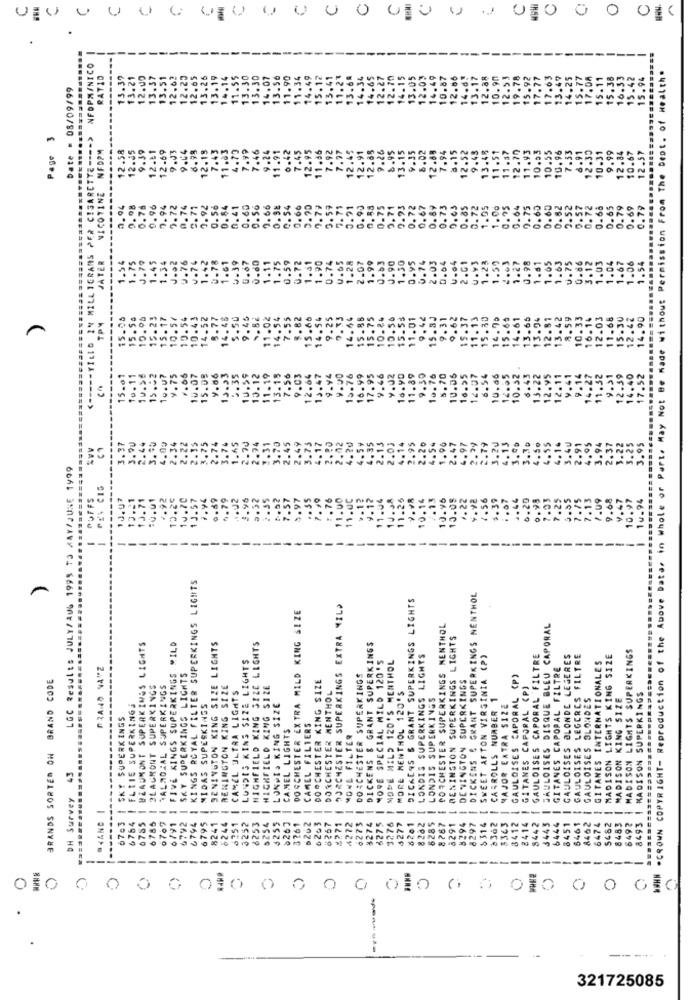
----
---
---
--
NFOPMINICO
"CROWN COPYRIGHT- Reproduction of the Above Data, in Whole or Part. May Not Be Made without Permission From The Dept. of Health.
RATIO
13.37
13.21
12.00
13.37
13.51
12.62
12.23
12.65
13.26
13.19
14.14
11.55
13.30
13.30
14.07
13.56
11.90
11.34
14.49
13.41
11.27
13.68
14.34
14.65
12.27
12.70
14.15
13.05
12.03
14.49
10.87
12.86
12.88
10.90
12.53
19.78
15.92
17.77
17.63
13.49
14.25
15.77
17.08
15.11
15.38
16.33
15.42
15.94
Date = 08/09/99
15.1
14.6
13.1
G IN MILLIGRAMS PER CIGARETTE ---- >
NICOTINE NFDPM
12.58
9.39
12.₺1
12.69
9.04
6.98
12.13
7.43
11.03
4.70
7.99
.66
.92
.97
12.45
12.91
12.65
9.26
8.95
13.15
12.69
7.94
8.15
12.52
9.43
13.48
11.51
1.37
12.70
11.93
10.53
10.55
10.96
7.33
6.91
12.30
10.31
9.99
12.84
10.67
12.57
Page
9.03
7.46
8.6
0.98
0.75
0.96
7.94
3.72
0.74
2.77
0.92
0.56
0.54
0.41
0.60
0.56
9.66
0. 54
0.66
0.90
9.79
0.59
7.71
0.91
0.90
0.75
0.71
0.93
0.72
0.67
0.89
0.73
0.63
0.85
0.72
1.05
1.00
0.95
0.64
0.75
0.60
0.60
0.62
0.52
0.57
0.72
0.68
0.65
0.79
0.69
0.79
1.54
1.75
J.79
1.34
J.oz
0.76
V.74
1.42
U.78
1.61
1.11
1.75
0.59
0.72
1. 61
1.90
0.74
U.65
2.07
1.99
0.63
0.90
1.30
0.95
2.03
0.04
U .Y3
1.23
1.59
0.98
1.51
1.05
1.63
U.75
0.86
3.12
1.03
1.04
1.67
1.06
1.54
JATER
1.45
4.39
0.67
0 -60
1.28
0.74
4.04
2.01
1.27
15.08
15.54
10.06
15.23
17
10.54
10.43
14.52
8.77
14.48
5.50
9.45
11.02
14.54
7.55
8.82
15.66
14.54
9.25
9.33
14.64
15.88
15.75
10.84
10.56
15.53
11.01
9.44
15.3J
9.31
9.62
15.37
11.13
15.30
14.70
15.65
14.61
13.65
13.94
12.81
13.42
8.59
10.33
16.14
12.03
11.68
15.30
12.42
14.90
TP4
10.
-- VILLE
15.
10.59
10.32 .
15.01
10.11
y.75
10.07
15.08
9.66
13.33
12.35
13.12
11.19
13.15
7.56
9.03
12.64
13.47
9.94
9.00
13.76
16.99
17.95
9.46
9.02
16.90
11.89
9.30
10. 76
5.70
10.06
16.95
12.07
6.54
10.06
12.93
6.43
13.22
12.95
12.11
9.41
9.14
14.27
11.32
9.31
12.59
14.40
17.52
15.
.0g
2.22
2.15
.75
2.74
.31
3.70
2.45
.49
.75
.17
.02
.59
.03
.14
.95
.20
.54
.90
.47
.97
.79
.20
.13
.00
4.55
4.14
.40
.91
.os
.94
.37
.22
.25
3.95
3.37
.90
.4+
2.3
2.74
3.74
LGC Results JULY/AUG 1999 TO MAY/JUNE 1999
PUFFS
13.71
10.01
1.92
10.25
10.70
13.57
2.94
0.89
.79
3.96
3.32
.35
,76
11.00
11.00
-12
11.04
11.25
10.14
10.95
10.05
1.22
7.56
5.39
.07
.44
6.20
.98
.03
.25
9.68
V.47
10.97
10.94
13 .- 1
7.5
3.97
4.92
-
-
----
KINGS ROYAL FILTER SUPERKINGS LIGHTS
-
DICKENS & GRANT SUPERKINGS LIGHTS
DICKENS . GRANT SUPERKINGS NENTHOL
DORCHESTER SUPERKINGS EXTRA MILD
DOSCHESTER EXTRA MILD KING SIZE
PORCHESTER SUPERKINGS NENTHOL
FAULOISES DISQUE BLEU CAPORAL
DENINGTON SUPERKINGS LIGHTS
BEAUMONT SUPERKINGS LIGHTS
FIVE KINGS SUPERKINGS MILD
DENINGTON KING SIZE LIGHTS
HIGHFIELD KING SIZE LIGHTS
DICKENS & GRANT SUPERKINGS
MADISON LIGHTS SUPERKINGS
LONDES KING SIZE LIGHTS
MORE SPECIAL MILD 120'S
MODE MILD 120'S MENTHOL
LONDIS SUPERKINGS LIGHTS
SWEET AFTON VIRGINIA (P)
GAULOISES CAPORAL FILTRE
GAULOISES BLONDE LEGERES
GAULOISES LEGERES FILTRE
GITANES INTERNATIONALES
MADISON LIGHTS KING SIZE
"RANO VA"Z
SKY SUPERKINGS LIGHTS
GITANES CAPOPAL FILTRE
BRAND CODE
DORCHESTER SUPERKINGS
DENINGTON SUPERKINGS
GAULOISES CAPORAL (P)
BEAUMONT SUPERKINGS
TALMOZAL SUPERKINGS
RENINGTON KING SIZE
CAMEL ULTRA LIGHTS
HIGHFIELD KING SIZE
DORCHESTER KING SIZE
DORCHESTER MENTHOL
MORE MENTHOL 120'S
GITANES CAPORAL (P)
LONDIS SUPERKINGS
CARROLLS NUMBER 1
GAULOISES BLONDES
MADISON KING SIZE
MADISON SUPERKINGS
.....
FLITE SUPERKINGS
MIDAS SUPERKINGS
LUNDI. KING SIZE
MAJOR EXTRA SIZE
I SKY SUPERKINGS
CAMEL LIGHTS
CAMEL FILTERS
MOHL FILTER
BRANDS SORTED ON
43
DH Survey
OKAND 1
0703
6785
6785
0707
-
6791
---
6792
6794
6254
-
à267
-
8767
8412
2414
8442
8483
8492
8493
6754
6795
8241
6244
6251
6253
3255
3261
6262
6265
8267
$771
4272
6273
8274
6275
3276
4277
5201
8291
8294
8297
$ 314
>362
8363
3443
6444
8451
6461
8462
6474
$482
N
---
--
----
---
0 0 0 0 00 0 6 0 0 010 0 0 010 0 0
321725085